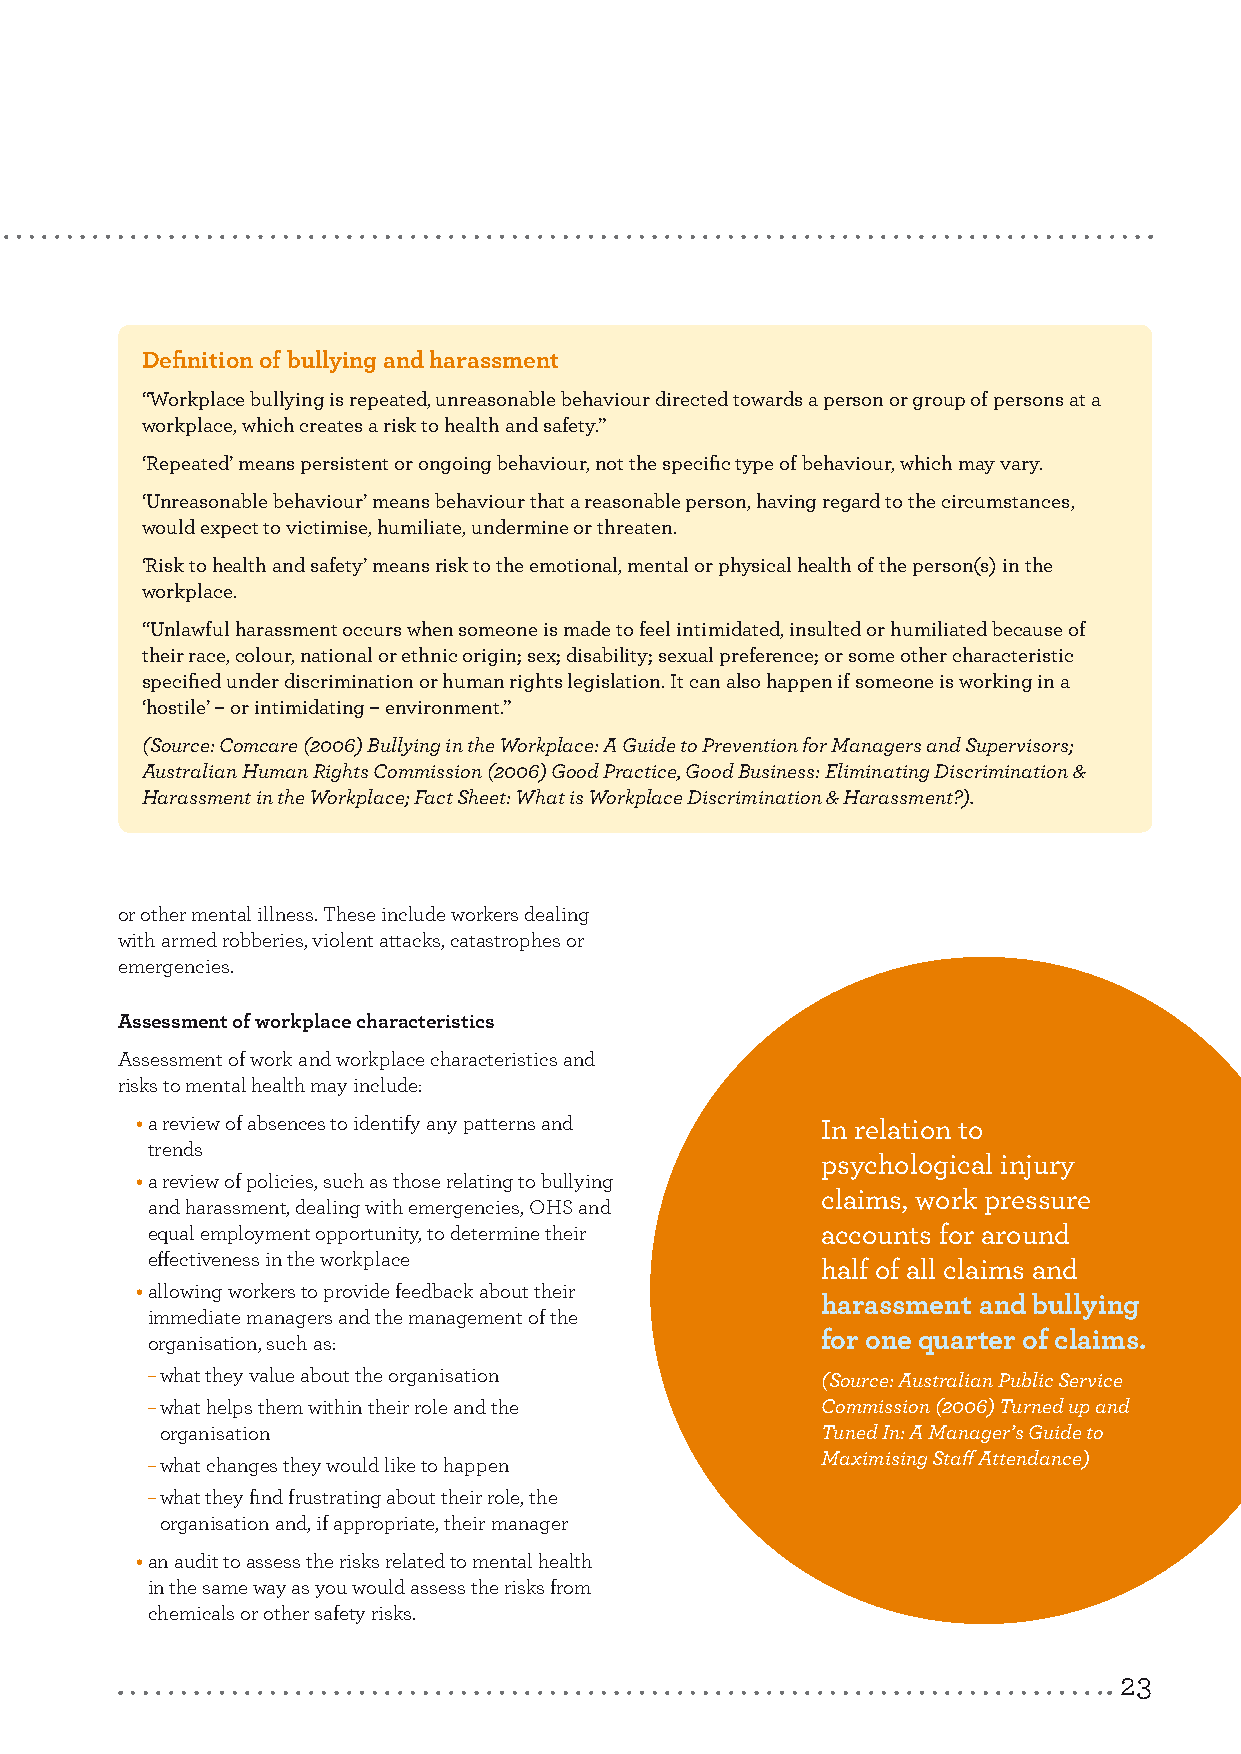
4.
 Creating a safe and healthy
 workplace for all
 Definition of bullying and harassment
 “Workplace bullying is repeated, unreasonable behaviour directed towards a person or group of persons at a
 workplace, which creates a risk to health and safety.”
 ‘Repeated’ means persistent or ongoing behaviour, not the specific type of behaviour, which may vary.
 ‘Unreasonable behaviour’ means behaviour that a reasonable person, having regard to the circumstances,
 would expect to victimise, humiliate, undermine or threaten.
 ‘Risk to health and safety’ means risk to the emotional, mental or physical health of the person(s) in the
 workplace.
 “Unlawful harassment occurs when someone is made to feel intimidated, insulted or humiliated because of
 their race, colour, national or ethnic origin; sex; disability; sexual preference; or some other characteristic
 specified under discrimination or human rights legislation. It can also happen if someone is working in a
 ‘hostile’ – or intimidating – environment.”
 (Source: Comcare (2006) Bullying in the Workplace: A Guide to Prevention for Managers and Supervisors;
 Australian Human Rights Commission (2006) Good Practice, Good Business: Eliminating Discrimination &
 Harassment in the Workplace; Fact Sheet: What is Workplace Discrimination & Harassment?).
 or other mental illness. These include workers dealing
 with armed robberies, violent attacks, catastrophes or
 emergencies.
 Assessment of workplace characteristics
 Assessment of work and workplace characteristics and
 risks to mental health may include:
 • a review of absences to identify any patterns and In relation to
 trends
 psychological injury
 • a review of policies, such as those relating to bullying
 claims, work pressure
 and harassment, dealing with emergencies, OHS and
 equal employment opportunity, to determine their accounts for around
 effectiveness in the workplace
 half of all claims and
 • allowing workers to provide feedback about their
 harassment and bullying
 immediate managers and the management of the
 organisation, such as:                      for one quarter of claims.
 – what they value about the organisation    (Source: Australian Public Service
 – what helps them within their role and the Commission (2006) Turned up and
 organisation                               Tuned In: A Manager’s Guide to
 Maximising Staff Attendance)
 – what changes they would like to happen
 – what they find frustrating about their role, the
 organisation and, if appropriate, their manager
 • an audit to assess the risks related to mental health
 in the same way as you would assess the risks from
 chemicals or other safety risks.
 23